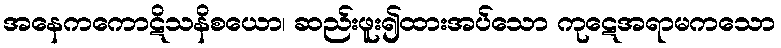
အနေကကောဋိသနိစယော၊ ဆည်းဖူး၍ထားအပ်သော ကုဋေအရာမကသော